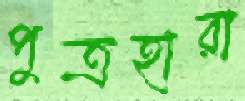
পুত্রহারা